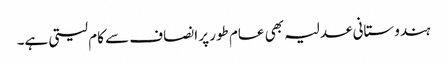
ہندوستانی عدلیہ بھی عام طور پر انصاف سے کام لیتی ہے۔